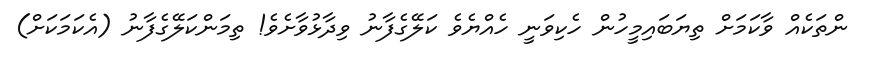
ންތަކެއް ވާކަމަށް ތިޔަބައިމީހުން ހެކިވަނީ ހެއްޔެވެ ކަލޭގެފާނު ވިދާޅުވާށެވެ! ތިމަންކަލޭގެފާނު (އެކަމަކަށް)